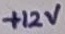
Text: +12V